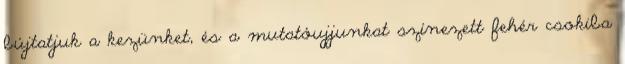
bújtatjuk a kezünket, és a mutatóujjunkat színezett fehér csokiba